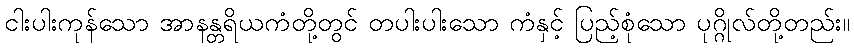
ငါးပါးကုန်သော အာနန္တရိယကံတို့တွင် တပါးပါးသော ကံနှင့် ပြည့်စုံသော ပုဂ္ဂိုလ်တို့တည်း။